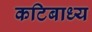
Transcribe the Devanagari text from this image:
कटिबाध्य